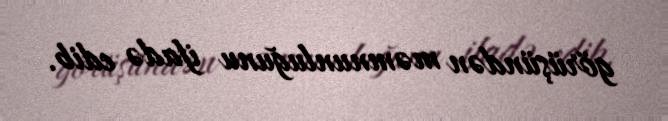
görüşündən məmnunluğunu ifadə edib.